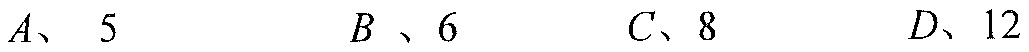
\(A、5\)  \(B、6\)  \(C、8\)  \(D、12\)